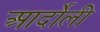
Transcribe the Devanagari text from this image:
आर्दोली